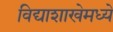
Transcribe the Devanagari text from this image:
विद्याशाखेमध्ये